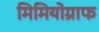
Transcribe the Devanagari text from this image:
मिमियोग्राफ